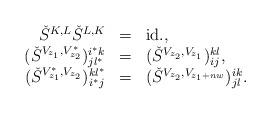
LaTeX: \begin{align*}\begin{array}{rcl}\check{S}^{K,L}\check{S}^{L,K} & = & \mbox{id.}, \\(\check{S}^{V_{z_1 }, V^{*}_{z_{2}}})^{i^* k}_{jl^* } & = &(\check{S}^{V_{z_2 }, V_{z_1 }})^{kl}_{ij}, \\(\check{S}^{V^{*}_{z_1 }, V_{z_{2}}})_{i^* j}^{kl^* } & = &(\check{S}^{V_{z_2 }, V_{z_1 +nw}})^{ik}_{jl}.\end{array} \end{align*}